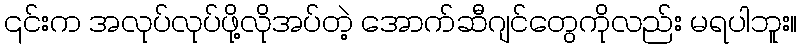
၎င်းက အလုပ်လုပ်ဖို့လိုအပ်တဲ့ အောက်ဆီဂျင်တွေကိုလည်း မရပါဘူး။